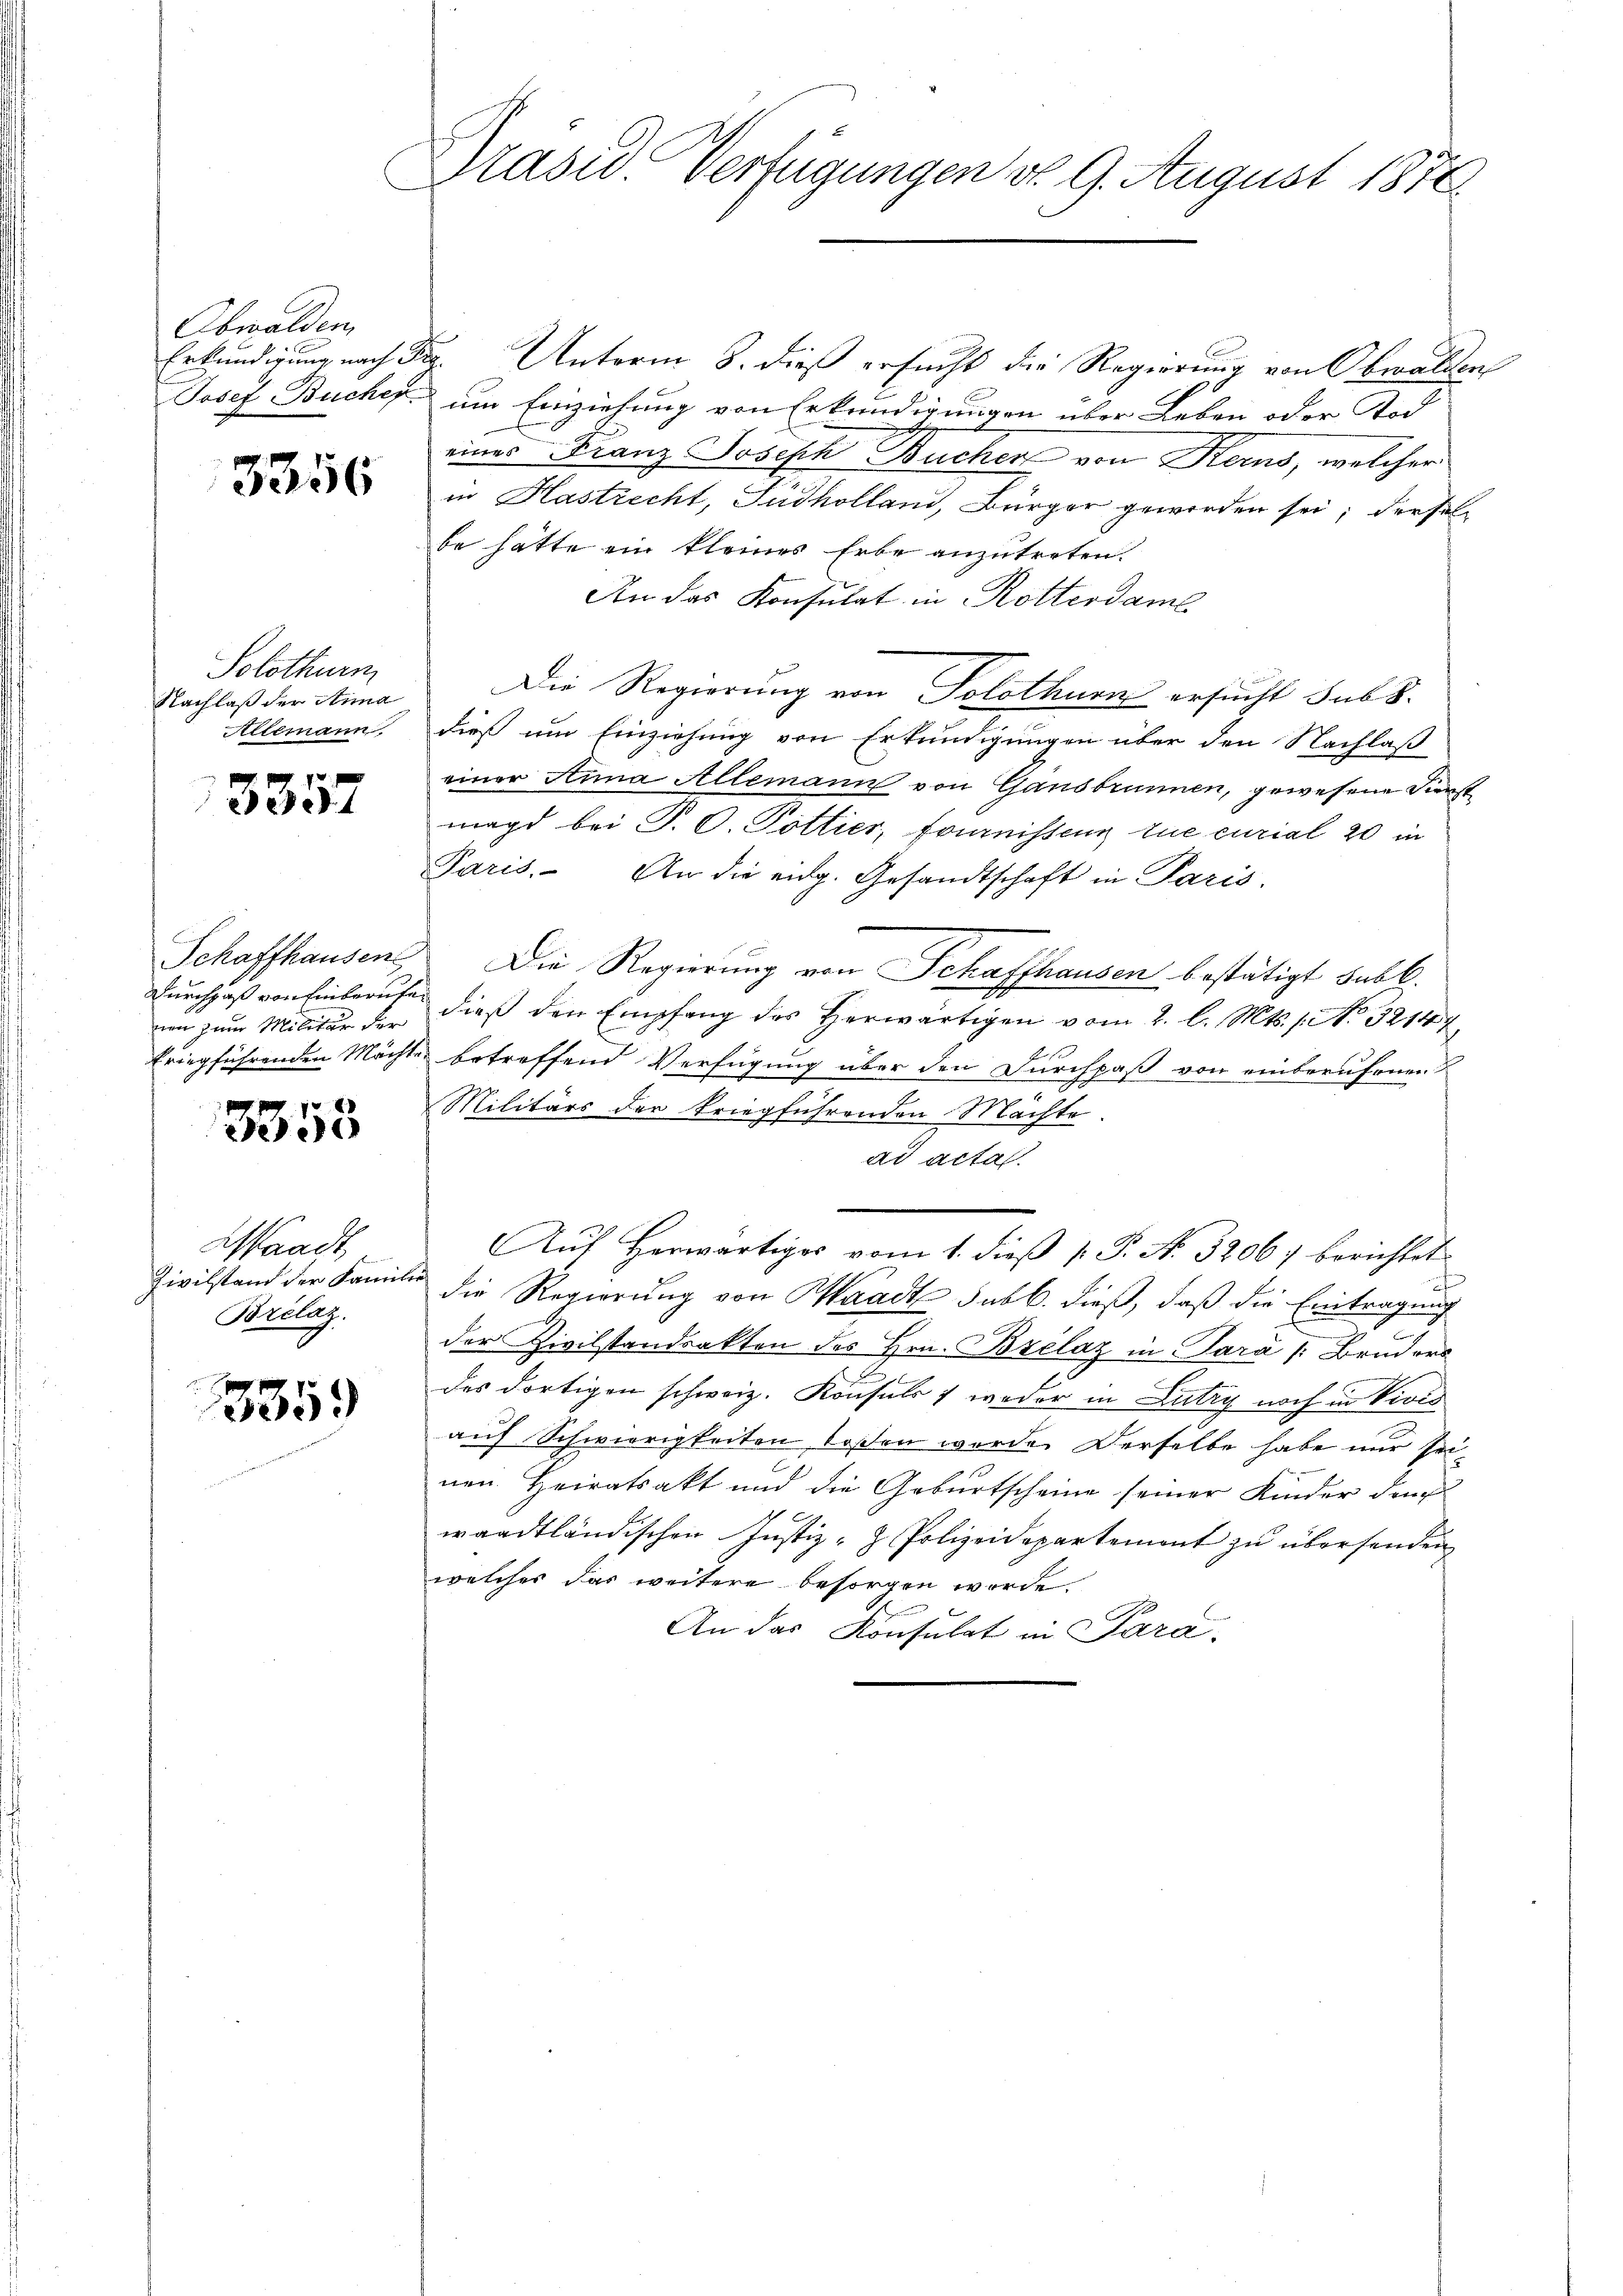
Obwalden

3356

Solothurm
Nachlaß der Anna
Allemann

3357

nen zum Militär der

3353

Waadt,
Civilstand der Kami
Brelaz.

335.

Präsid. Verfügungen v. 9. August 1870

Erkundigung nach Dir. Unterm 8. dieß ersucht die Regierung von Obwalden
Josef Bucher um Einziehung von Erkundigungen über Leben oder Tod
eines Franz Joseph Bucher von Kerns, welcher
in Hastrecht, Südkolland, Bürger geworden sei; derselbe hätte ein kleines Erbe anzutreten.
An das Konsulat in Rotterdame
Die Regierung von Solothurn ersucht sub 8.
dieß um Einziehung von Erkundigungen über den Nachlaß
einer Anna Allemann von Gansbrunnen, gewesene First
magd bei P. C. Pottier, fomnissen tue curial 20 in
Paris. An die eidg. Gesandtschaft in Paris.
Schaffhausen Die Regierung von Schaffhausen bestätigt subb.
Durchlaß von Einberufe dieß den Empfang des Herwärtigen vom 2. l. Mts. 1. No. 3214
tringführenden Mächte betreffend Verfügung über den Durchpaß von einberufenen
Militärs der kriegführenden Mächte.
ad acta.
Auf Herwärtiges vom 1. dieß P. P. N. 32067 berichtet
ber
f
die Regierung von Waadt sub b. dieß, daß die Eintragung
22
der Zivilstandsakten des Hrn. Bzélaz in Sara /: Bruders
des dortigen schweiz. Konsuls , weder in Lutry noch in Vivis
auf Schwierigkeiten laßen werde. Derselbe habe nur seinen Heiratsakt und die Geburtscheine seiner Kinder den
waadtländischen Justiz- & Polizeidepartement zu übersenden
welcher das weitere besorgen werde.
An das Konsulat in Para-